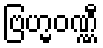
ဗြဟ္မဝဏ္ဏီ